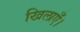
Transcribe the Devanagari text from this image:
खिलाएँ।